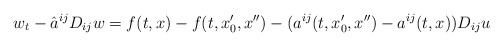
\begin{align*}w_t-\hat a^{ij}D_{ij}w=f(t,x)-f(t,x_0',x'')- (a^{ij}(t,x_0',x'')-a^{ij}(t,x))D_{ij}u\end{align*}